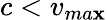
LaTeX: c<v_{ma\mathbf{x}}